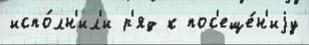
испо́лн'ил'и р'яд к пос'еще́н'иjу